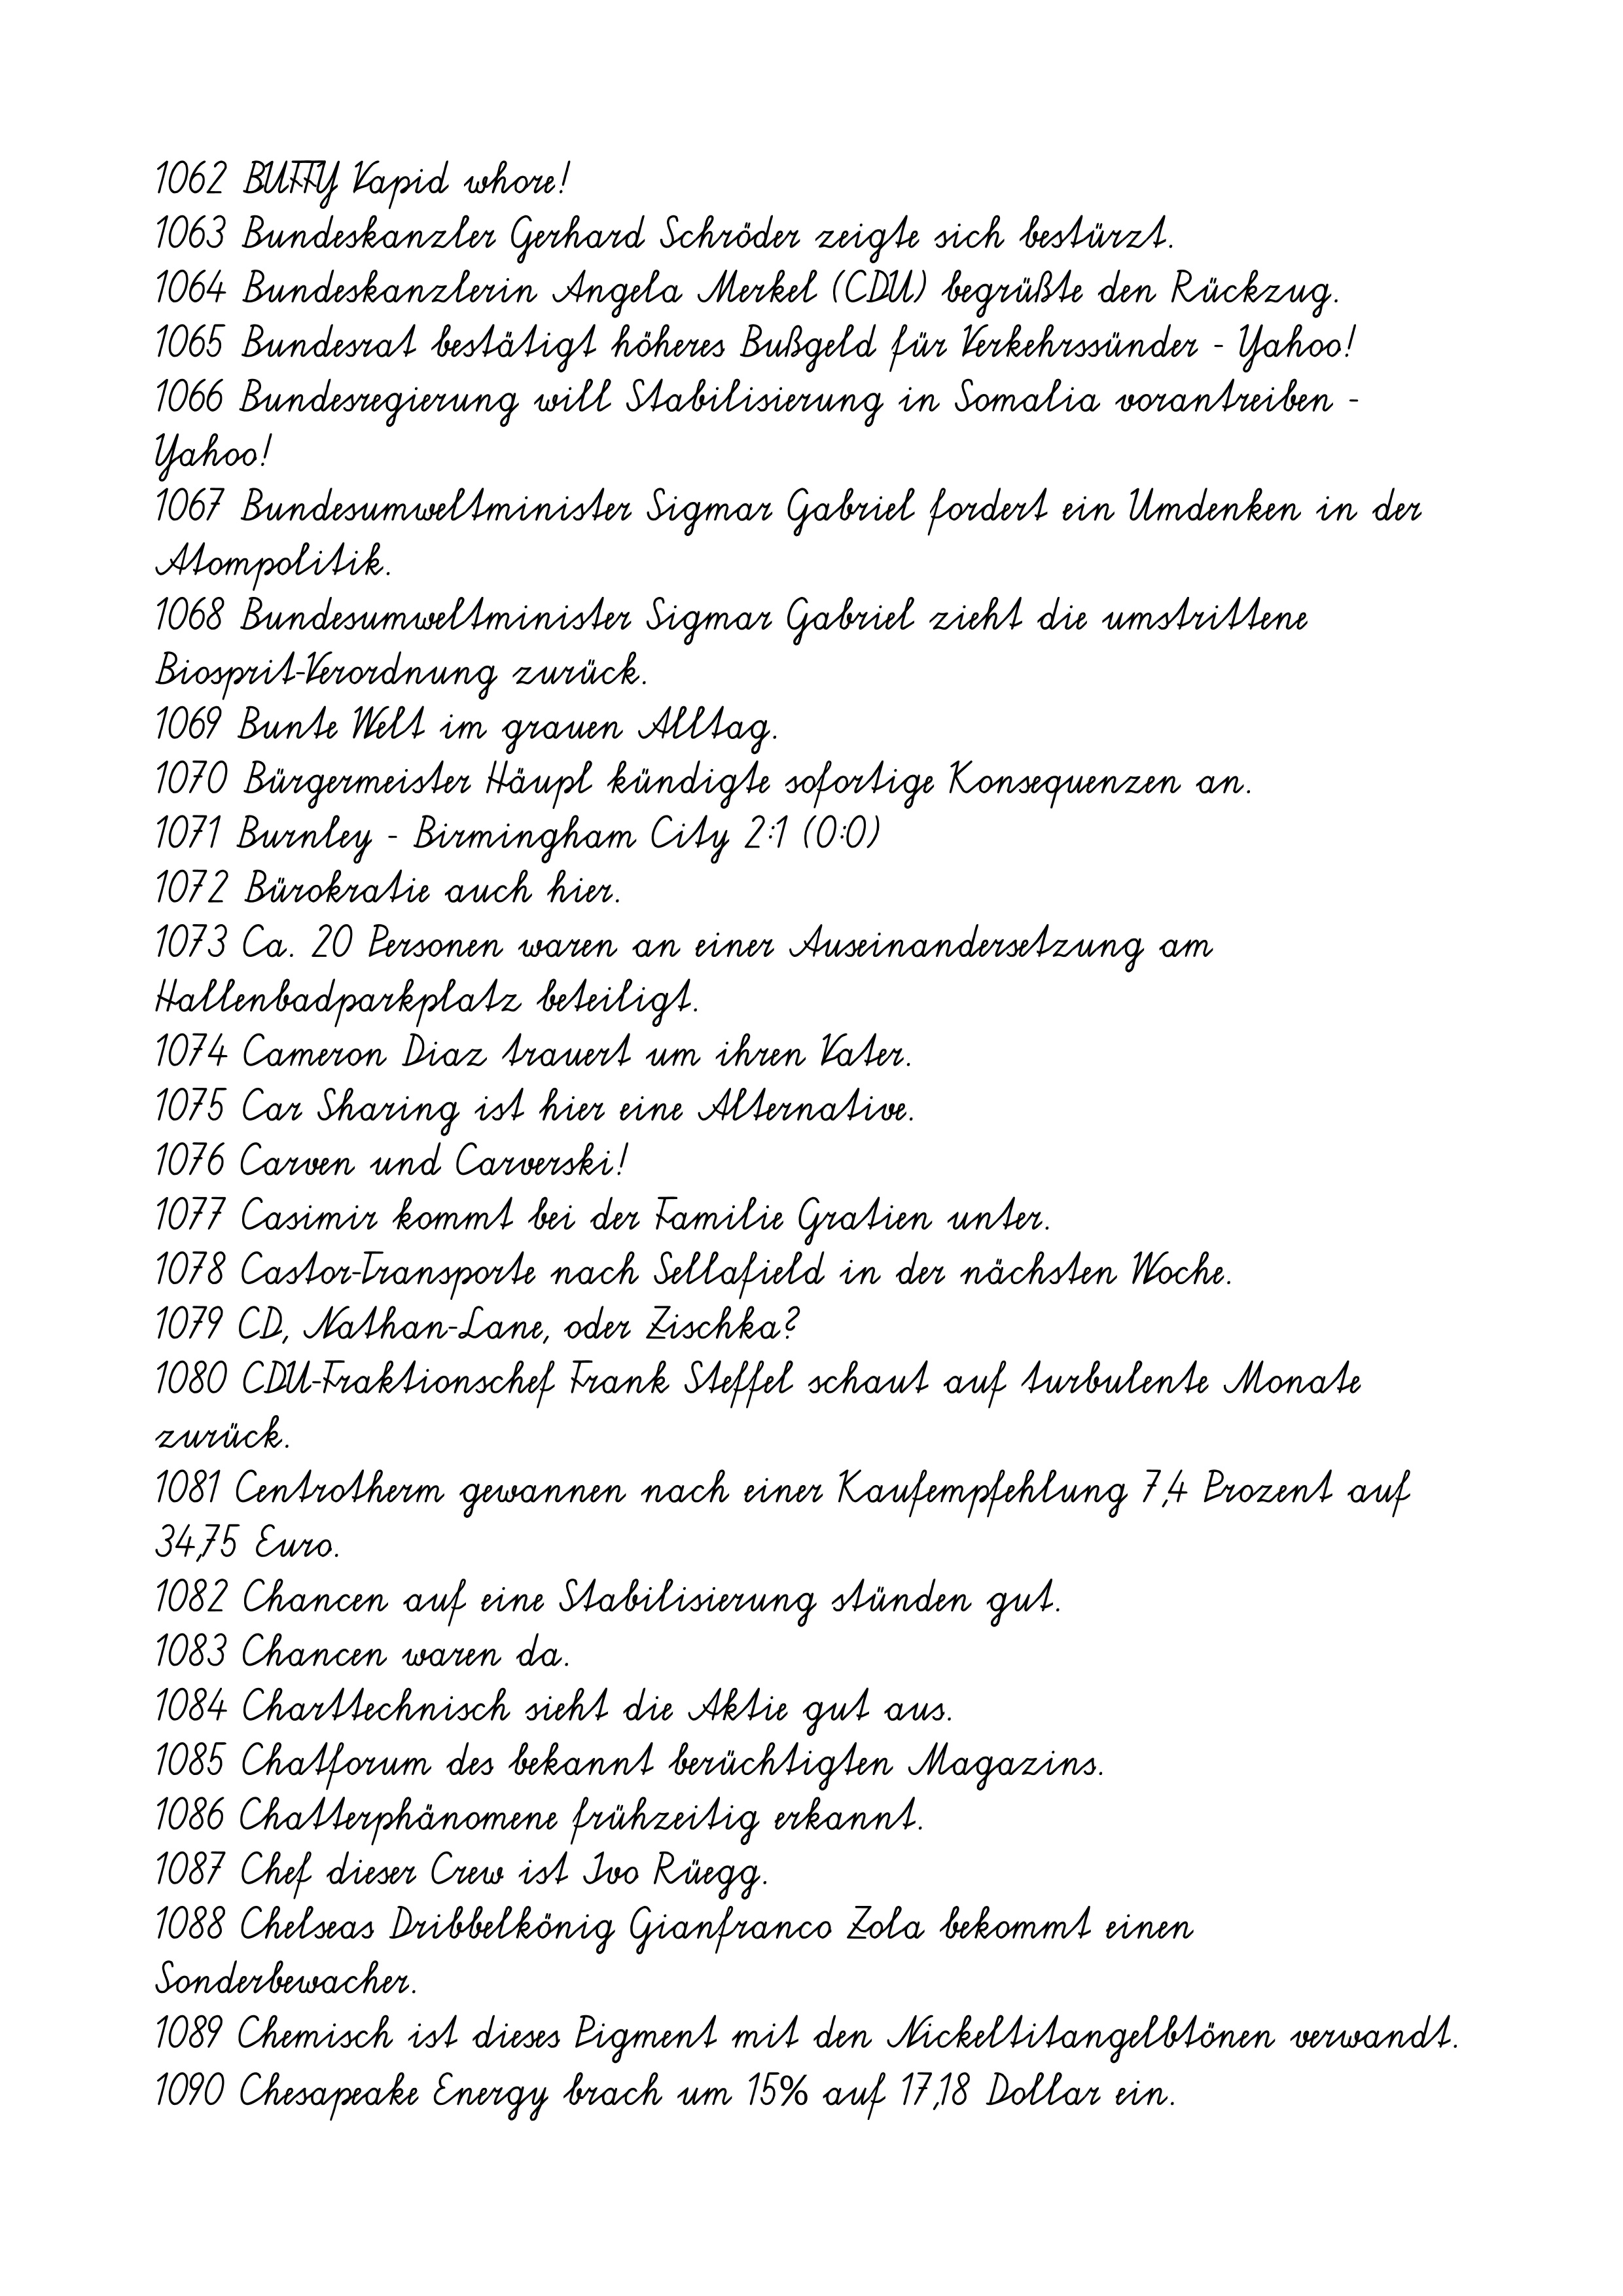
1062 BUFFY Vapid whore!
1063 Bundeskanzler Gerhard Schröder zeigte sich bestürzt.
1064 Bundeskanzlerin Angela Merkel (CDU) begrüßte den Rückzug.
1065 Bundesrat bestätigt höheres Bußgeld für Verkehrssünder - Yahoo!
1066 Bundesregierung will Stabilisierung in Somalia vorantreiben -
Yahoo!
1067 Bundesumweltminister Sigmar Gabriel fordert ein Umdenken in der
Atompolitik.
1068 Bundesumweltminister Sigmar Gabriel zieht die umstrittene
Biosprit-Verordnung zurück.
1069 Bunte Welt im grauen Alltag.
1070 Bürgermeister Häupl kündigte sofortige Konsequenzen an.
1071 Burnley - Birmingham City 2:1 (0:0)
1072 Bürokratie auch hier.
1073 Ca. 20 Personen waren an einer Auseinandersetzung am
Hallenbadparkplatz beteiligt.
1074 Cameron Diaz trauert um ihren Vater.
1075 Car Sharing ist hier eine Alternative.
1076 Carven und Carverski!
1077 Casimir kommt bei der Familie Gratien unter.
1078 Castor-Transporte nach Sellafield in der nächsten Woche.
1079 CD, Nathan-Lane, oder Zischka?
1080 CDU-Fraktionschef Frank Steffel schaut auf turbulente Monate
zurück.
1081 Centrotherm gewannen nach einer Kaufempfehlung 7,4 Prozent auf
34,75 Euro.
1082 Chancen auf eine Stabilisierung stünden gut.
1083 Chancen waren da.
1084 Charttechnisch sieht die Aktie gut aus.
1085 Chatforum des bekannt berüchtigten Magazins.
1086 Chatterphänomene frühzeitig erkannt.
1087 Chef dieser Crew ist Ivo Rüegg.
1088 Chelseas Dribbelkönig Gianfranco Zola bekommt einen
Sonderbewacher.
1089 Chemisch ist dieses Pigment mit den Nickeltitangelbtönen verwandt.
1090 Chesapeake Energy brach um 15% auf 17,18 Dollar ein.